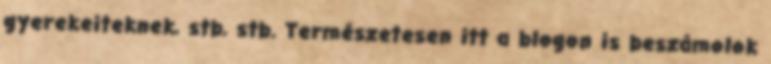
gyerekeiteknek, stb, stb. Természetesen itt a blogon is beszámolok